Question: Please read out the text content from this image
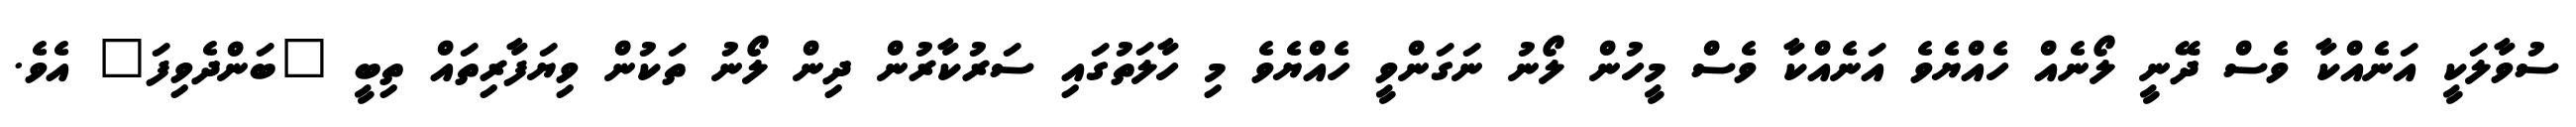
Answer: ސުވާލަކީ އަނެއްކާ ވެސް ދޭނީ ލޯނެއް ހެއްޔެވެ އަނެއްކާ ވެސް މީހުން ލޯނު ނަގަންވީ ހެއްޔެވެ މި ހާލަތުގައި ސަރުކާރުން ދިން ލޯނު ތަކުން ވިޔަފާރިތައް ތިބީ "ބަންދެވިފަ" އެވެ.